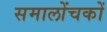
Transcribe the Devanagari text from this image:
समालोंचकों